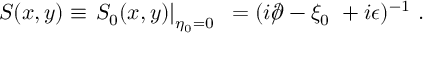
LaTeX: S ( x , y ) \equiv \left. S _ { 0 } ( x , y ) \right| _ { \eta _ { 0 } = 0 } ~ = ( i { \rlap / \partial } - \xi _ { 0 } ~ + i \epsilon ) ^ { - 1 } ~ .